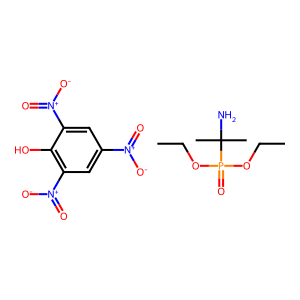
SMILES: CCOP(=O)(OCC)C(C)(C)N.O=[N+]([O-])c1cc([N+](=O)[O-])c(O)c([N+](=O)[O-])c1
Inhibits HIV replication: No